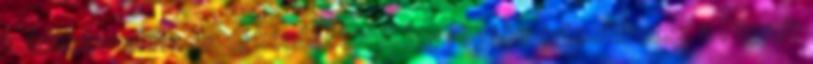
kulcsszavakra. Az új kérdésekről így rögtön értesülhetsz a Figyelt